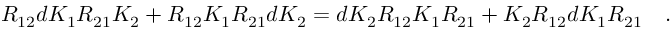
R _ { 1 2 } d K _ { 1 } R _ { 2 1 } K _ { 2 } + R _ { 1 2 } K _ { 1 } R _ { 2 1 } d K _ { 2 } = d K _ { 2 } R _ { 1 2 } K _ { 1 } R _ { 2 1 } + K _ { 2 } R _ { 1 2 } d K _ { 1 } R _ { 2 1 } \quad .